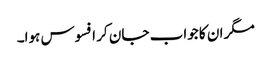
مگر ان کا جواب جان کر افسوس ہوا۔